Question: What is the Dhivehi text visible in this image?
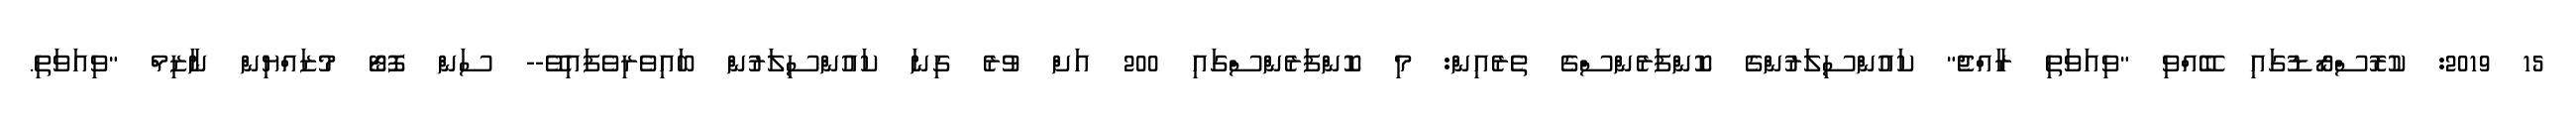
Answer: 15 2019: ކުރޮސްރޯޑުގައި ބޭއްވި "ވިއަވަތި ރާއްޖެ" ކައުންސިލަރުންގެ ކޮންފަރެންސްގެ ތެރެއިން: މި ކޮންފަރެންސްގައި 200 އަށް ވުރެ ގިނަ ކައުންސިލަރުން ބައިވެރިވެފައިވޭ-- ސަން ފޮޓޯ މުޒައްޔިން ނާޒިމް "ވިއަވަތި.